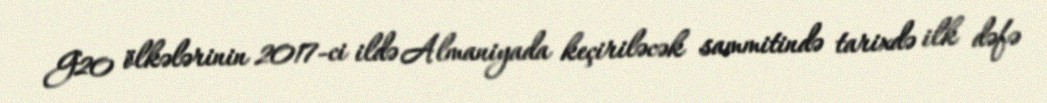
G20 ölkələrinin 2017-ci ildə Almaniyada keçiriləcək sammitində tarixdə ilk dəfə